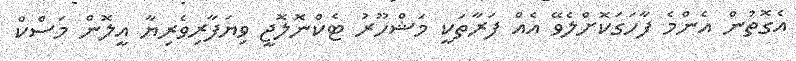
އެގޮތުން އެންމެ ފާހަގަކޮށްލެވޭ އެއް ފަރާތަކީ މަޝްހޫރު ޓެކްނޮލޮޖީ ވިޔަފާރިވެރިޔާ އީލޮން މަސްކް